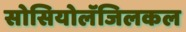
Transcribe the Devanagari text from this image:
सोसियोलॅजिलकल